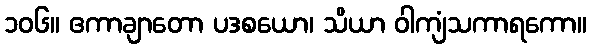
၁၀၆။ ဧကာချာတော ပဒစယော၊ သိယာ ဝါကျံသကာရကော။